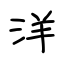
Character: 洋